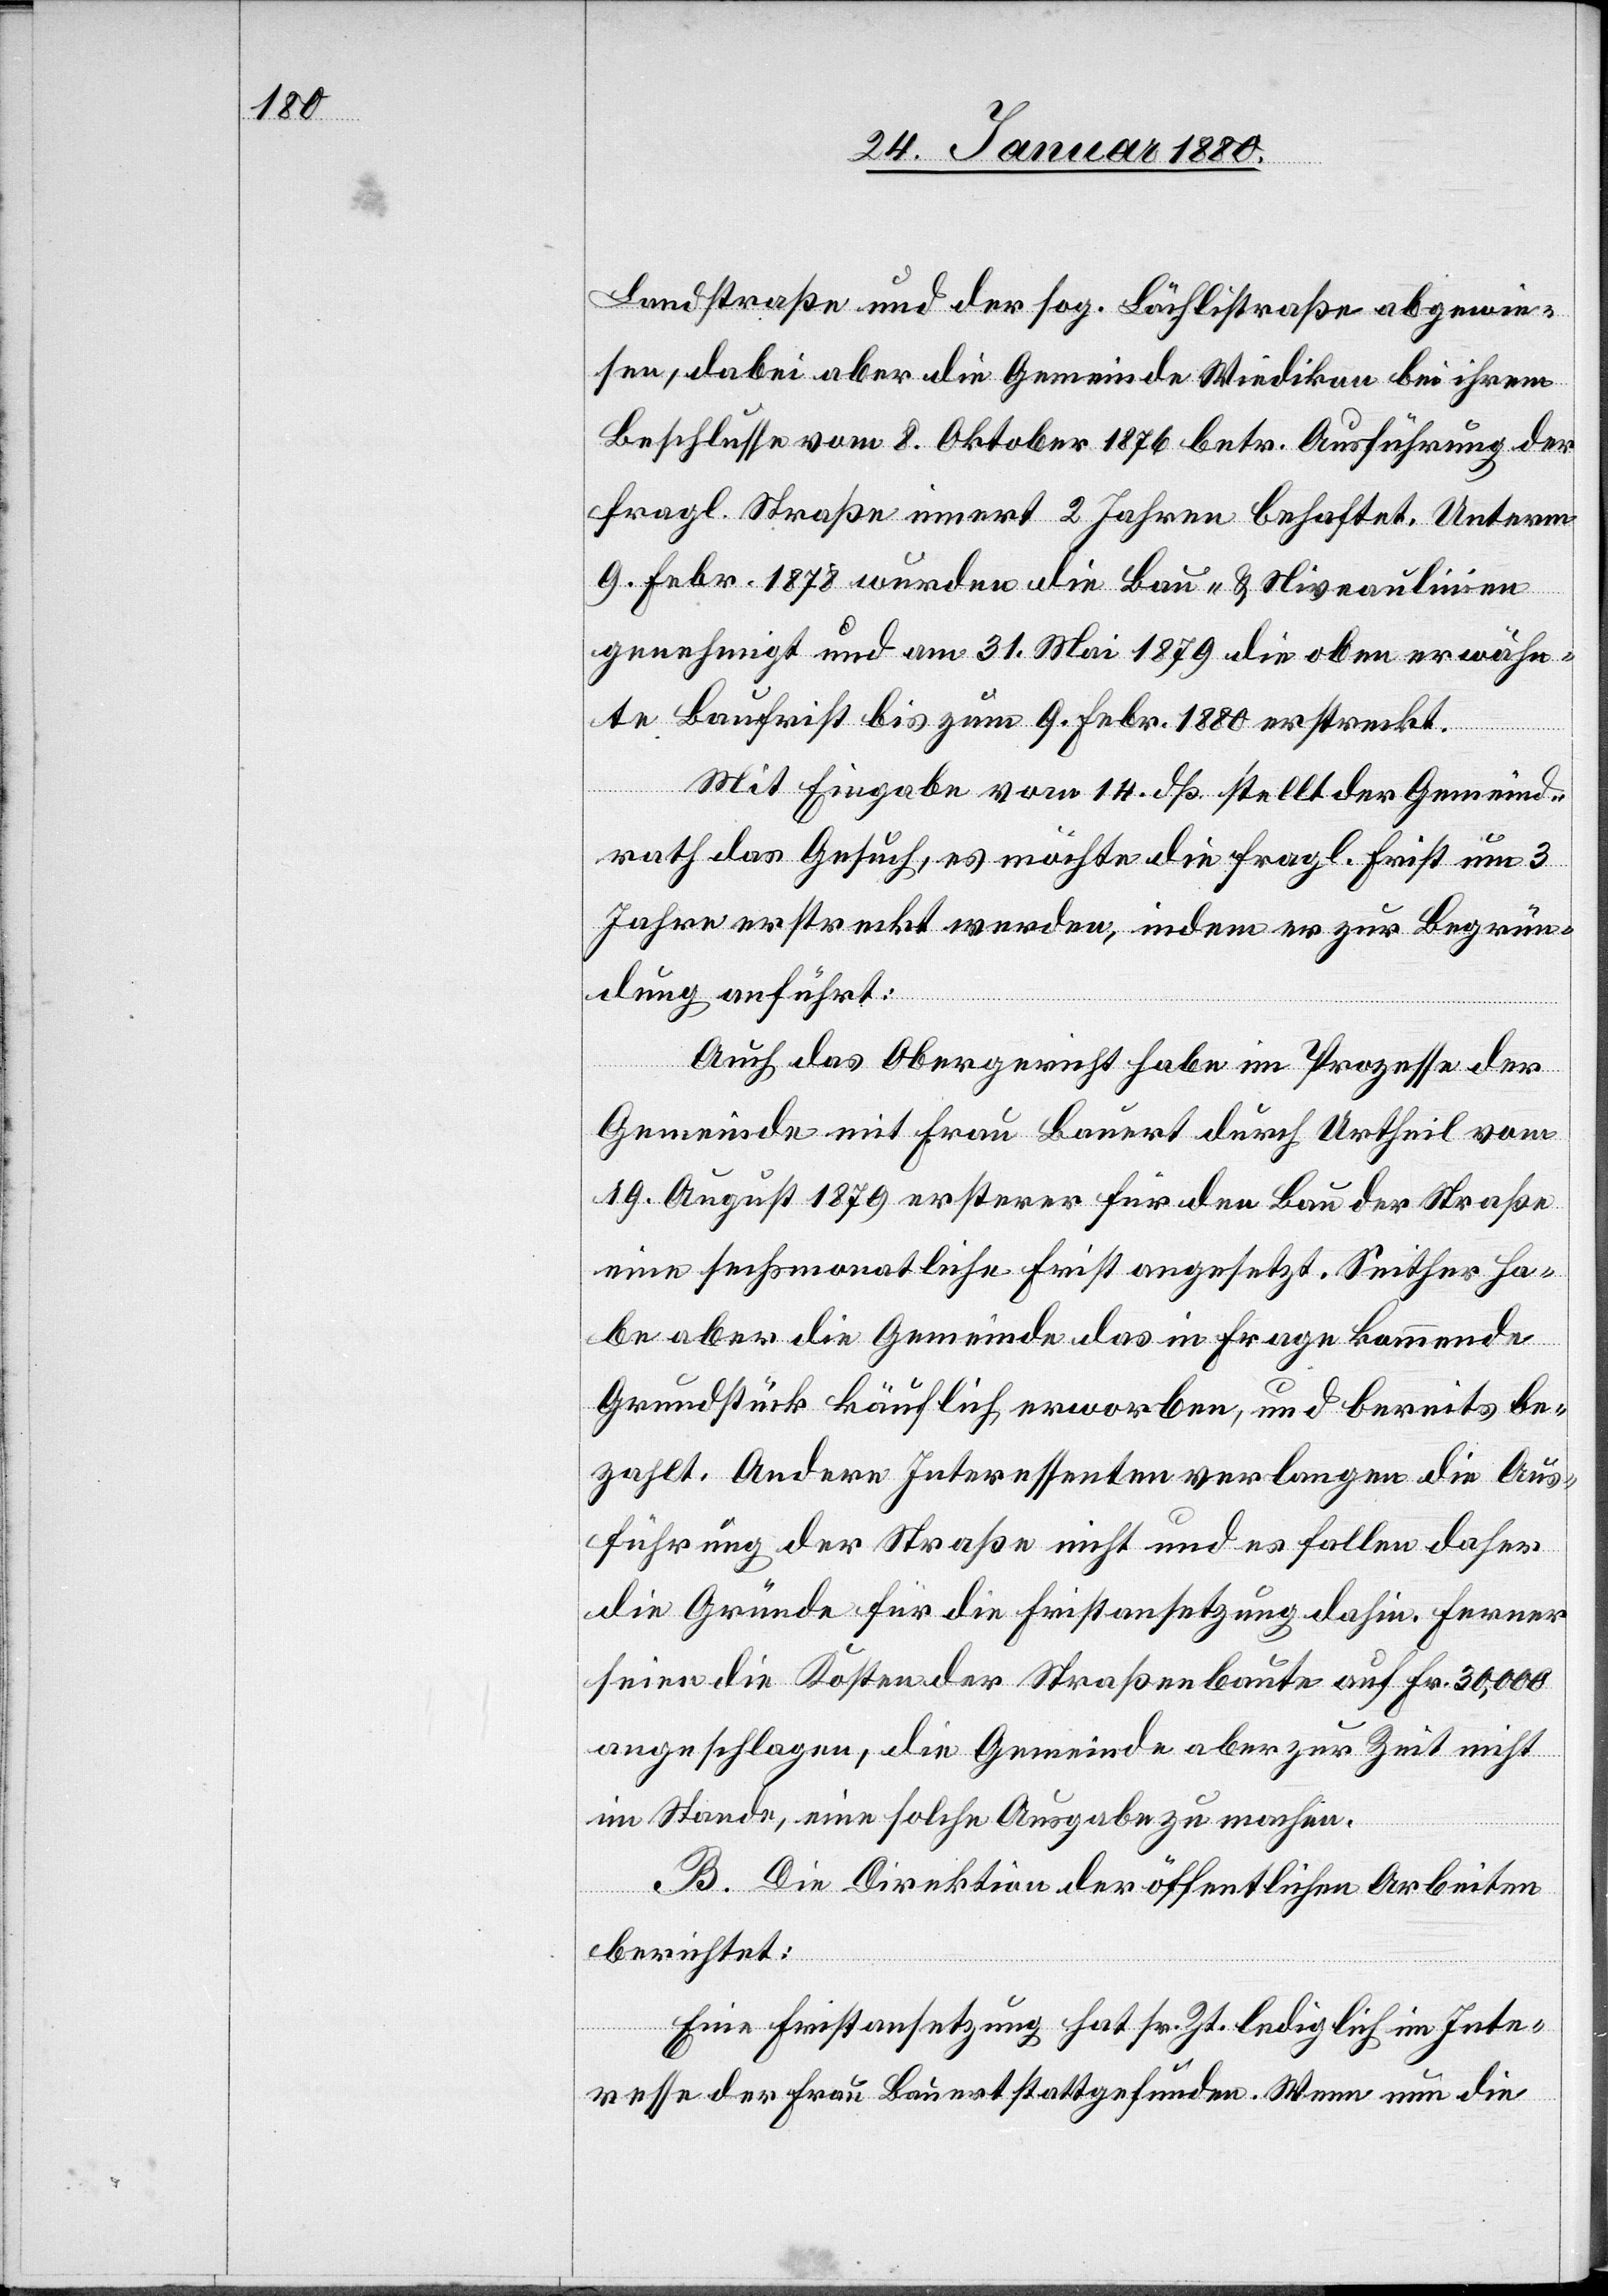
Landstraße und der sog. Bächlistraße abgewie¬
sen, dabei aber die Gemeinde Wiedikon bei ihrem
Beschlusse vom 8. Oktober 1876 betr. Ausführung der
fragl. Straße innert 2 Jahren behaftet. Unterm
9. Febr. 1878 wurden die Bau- & Niveaulinien
genehmigt und am 31. Mai 1879 die oben erwähn¬
te Baufrist bis zum 9. Febr. 1880 erstreckt.
Mit Eingabe vom 14. dß. stellt der Gemeind¬
rath das Gesuch, es möchte die fragl. Frist um 3
Jahre erstreckt werden, indem er zur Begrün¬
dung anführt:
Auch das Obergericht habe im Prozesse der
Gemeinde mit Frau Bauert durch Urtheil vom
19. August 1879 ersterer für den Bau der Straße
eine sechsmonatliche Frist angesetzt. Seither ha¬
be aber die Gemeinde das in Frage kommende
Grundstück käuflich erworben, und bereits be¬
zahlt. Andere Interessenten verlangen die Aus¬
führung der Straße nicht und es fallen daher
die Gründe für die Fristansetzung dahin. Ferner
seien die Kosten der Straßenbaute auf Fr. 30, 000
angeschlagen, die Gemeinde aber zur Zeit nicht
im Stande, eine solche Ausgabe zu machen.
B. Die Direktion der öffentlichen Arbeiten
berichtet:
Eine Fristansetzung hat sr. Zt. lediglich im Inte¬
resse der Frau Bauert stattgefunden. Wenn nun die